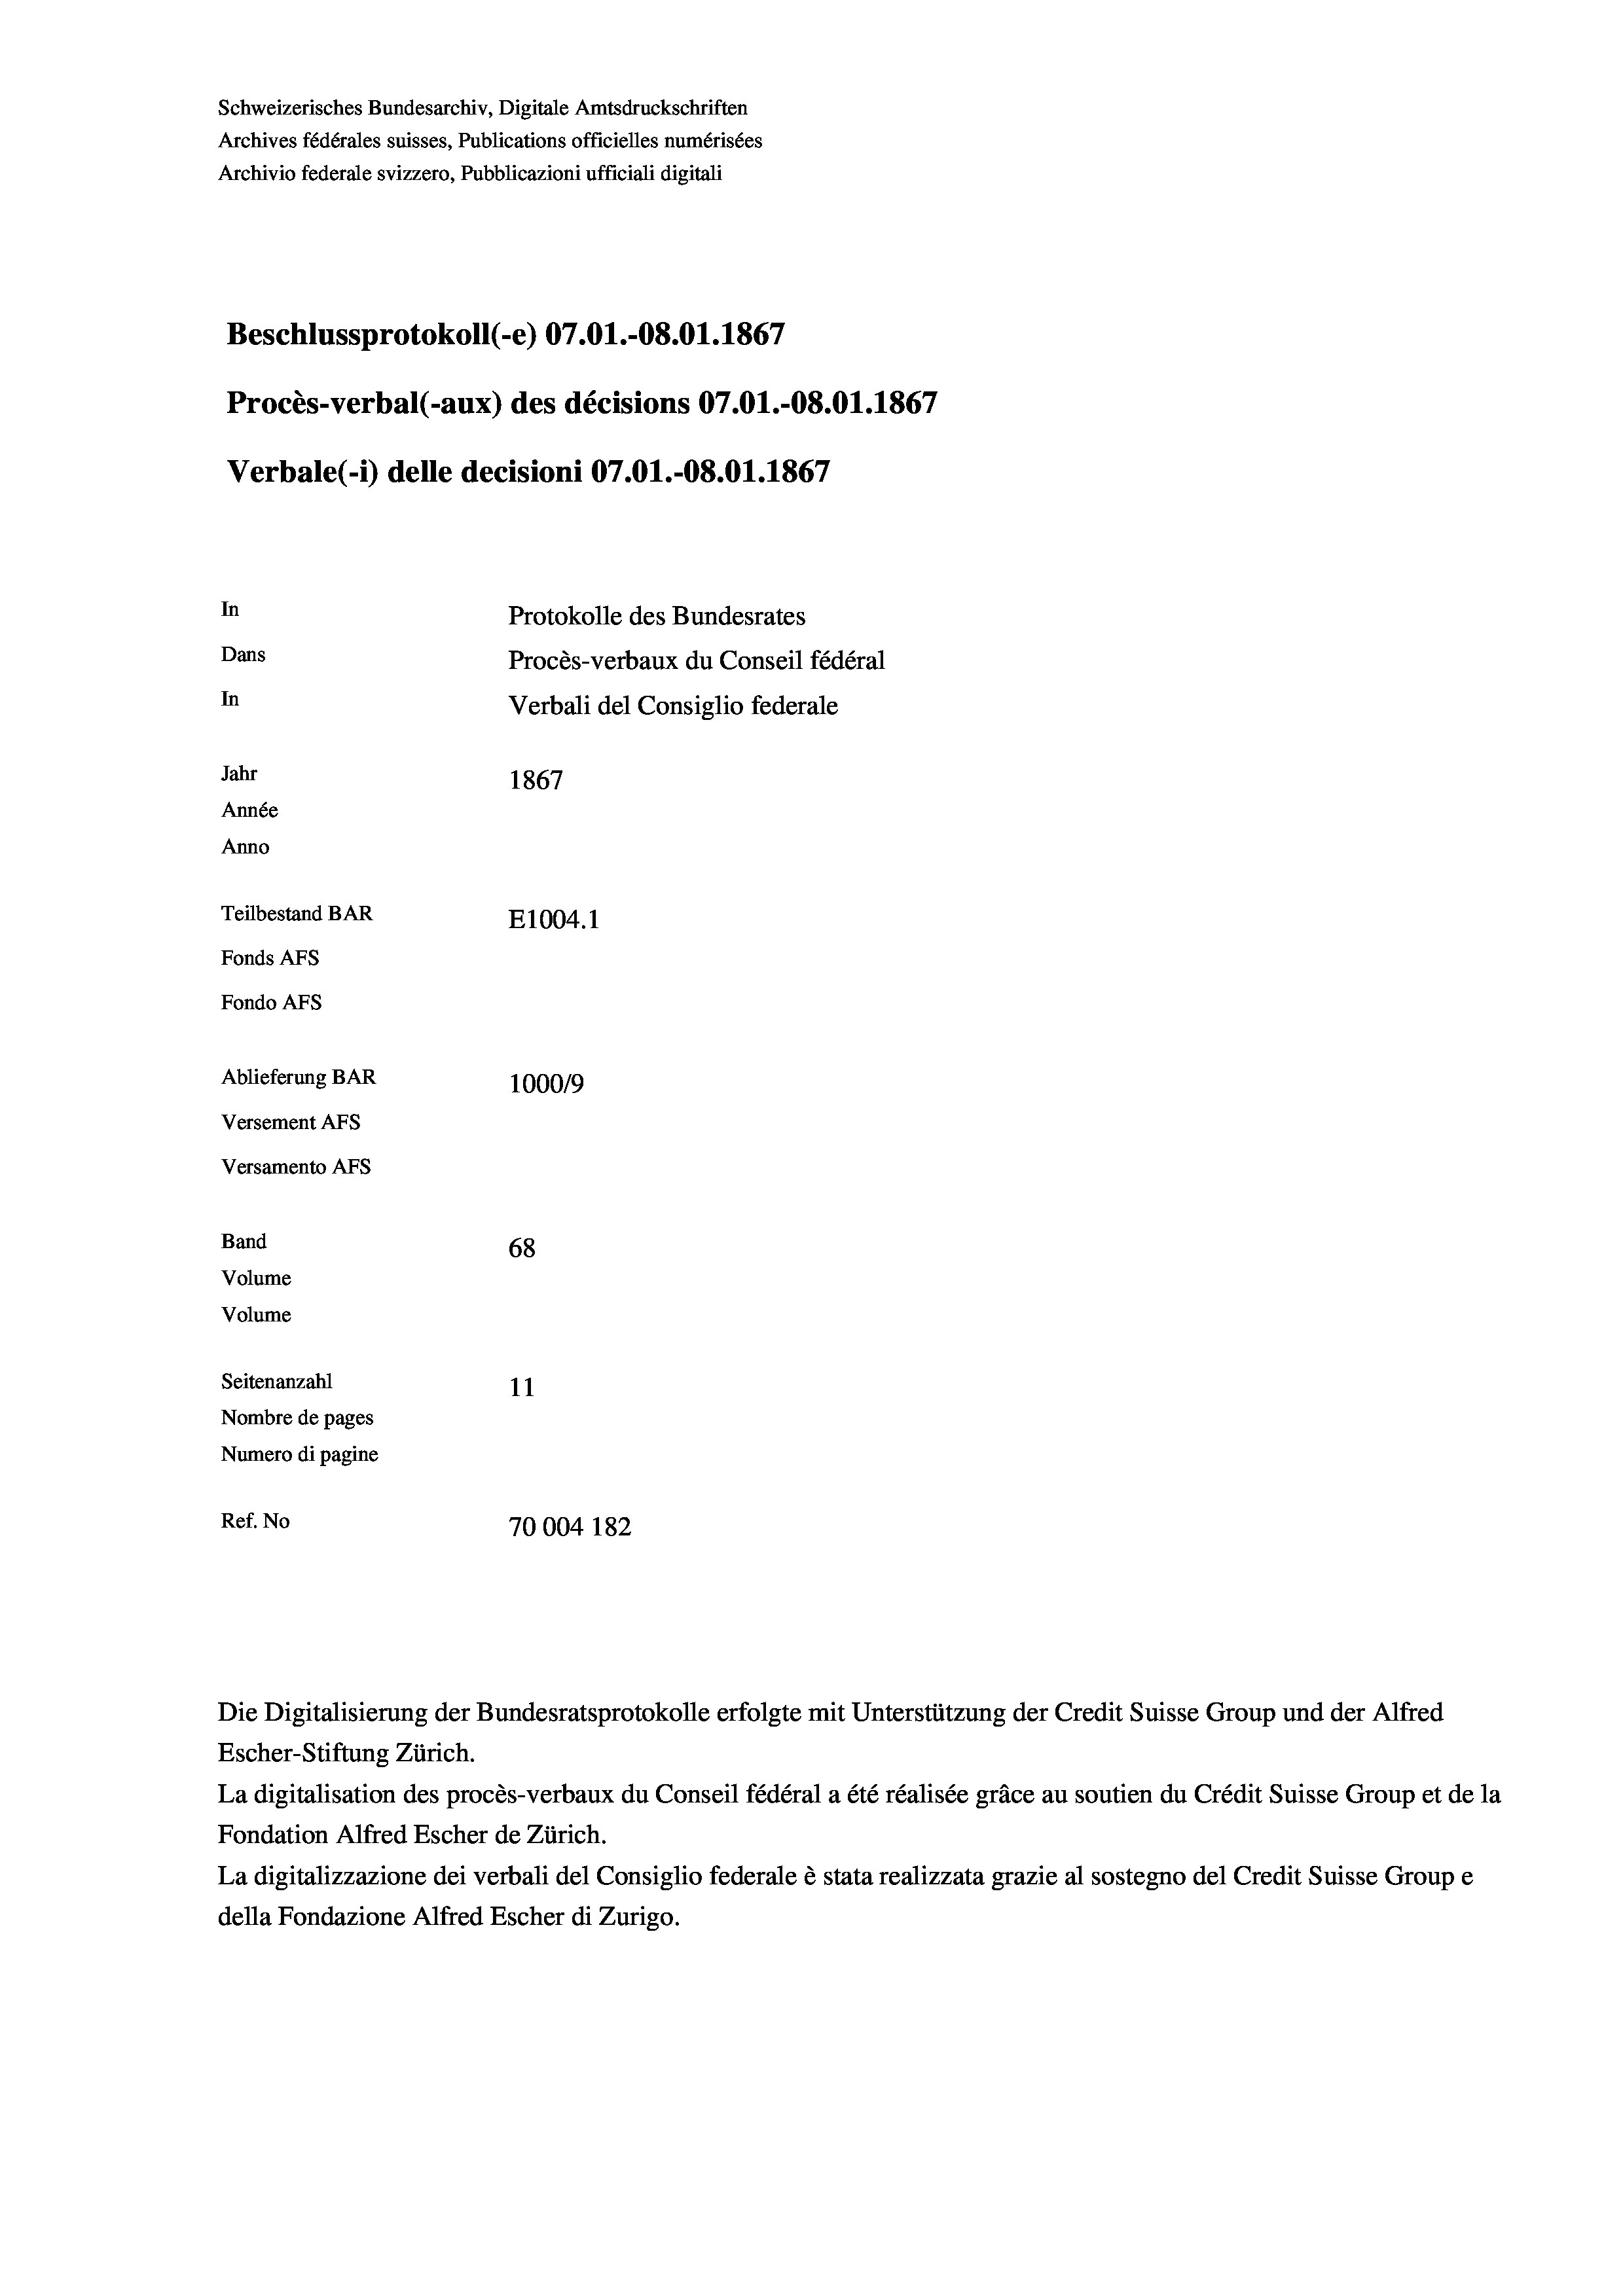
Schweizerisches Bundesarchiv, Digitale Amtsdruckschriften
Archives fédérales suisses, Publications officielles numérisées
Archivio federale svizzero, Pubblicazioni ufficiali digitali
Beschlussprotokoll (e) 07.O1.-O8.01. 1867
Procès-verbal (-aux) des décisions 07.01.-08.01. 1867
Verbale (1) delle decisioni 07.O1.-08.01. 1867
In
Protokolle des Bundesrates
Dans
Procès-verbaux du Conseil fédéral
In
Verbali del Consiglio federale
Jahr
1867
Année
Anno
Teilbestand BAR
E1004.1
Fonds Afs
Fondo AFS
Ablieferung BAR
100019
Versement AFs
Versamento AFs
Band
68
Volume
Volume
Seitenanzahl
11
Nombre de pages
Numero di pagine

Ref. No
70004 182

Escher-Stiftung Zürich.
La digitalisation des procès-verbaux du Conseil fédéral a été réalisée gräce au soutien du Crédit Suisse Group et de la
Fondation Alfred Escher de Zürich.
La digitalizzazione dei verbali del Consiglio federale è stata realizzata grazie al sostegno del Credit Suisse Groupe
della Fondazione Alfred Escher di Zurigo.

Die Digitalisierung der Bundesratsprotokolle erfolgte mit Unterstützung der Credit Suisse Group und der Alfred